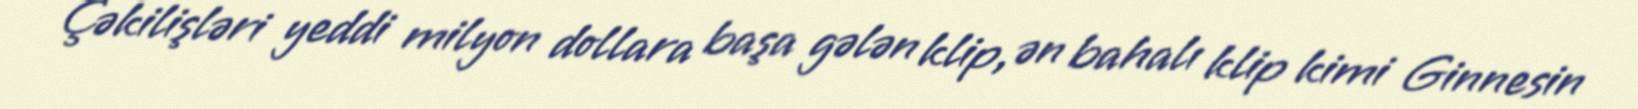
Çəkilişləri yeddi milyon dollara başa gələn klip, ən bahalı klip kimi Ginnesin